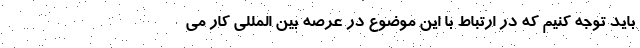
باید توجه کنیم که در ارتباط با این موضوع در عرصه بین المللی کار می